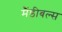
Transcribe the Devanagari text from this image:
मैंडीबल्स